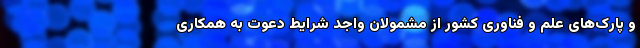
و پارک‌های علم و فناوری کشور از مشمولان واجد شرایط دعوت به همکاری